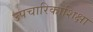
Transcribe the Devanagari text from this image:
उपचारिकाशिक्षा